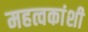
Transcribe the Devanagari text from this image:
महत्वकांशी